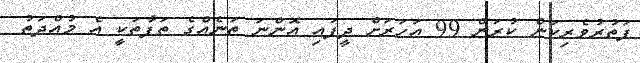
ފަތުރުވެރިކަން ކުރަން 99 އަހަރަށް ދީފައި އޮންނަ ތަނެއްގެ ތަފާތަކީ އެ މުއްދަތު